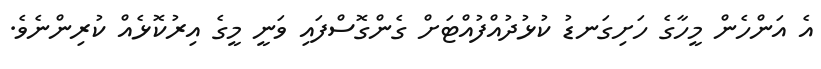
އެ އަންހެން މީހާގެ ހަށިގަނޑު ކުޅުދުއްފުއްޓަށް ގެންގޮސްފައި ވަނީ މީގެ އިރުކޮޅެއް ކުރިންނެވެ.